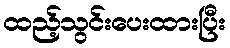
ထည့်သွင်းပေးထားပြီး